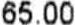
65.00